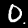
Label: 0